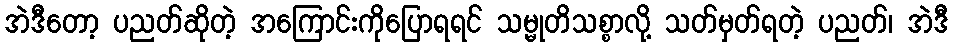
အဲဒီတော့ ပညတ်ဆိုတဲ့ အကြောင်းကိုပြောရရင် သမ္မုတိသစ္စာလို့ သတ်မှတ်ရတဲ့ ပညတ်၊ အဲဒီ